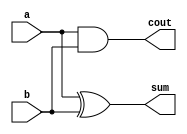
module half_adder(input a,b,output sum,cout);
assign sum=a^b;
assign cout=a & b;
endmodule